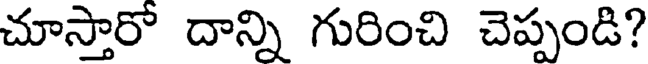
చూస్తారో దాన్ని గురించి చెప్పండి?